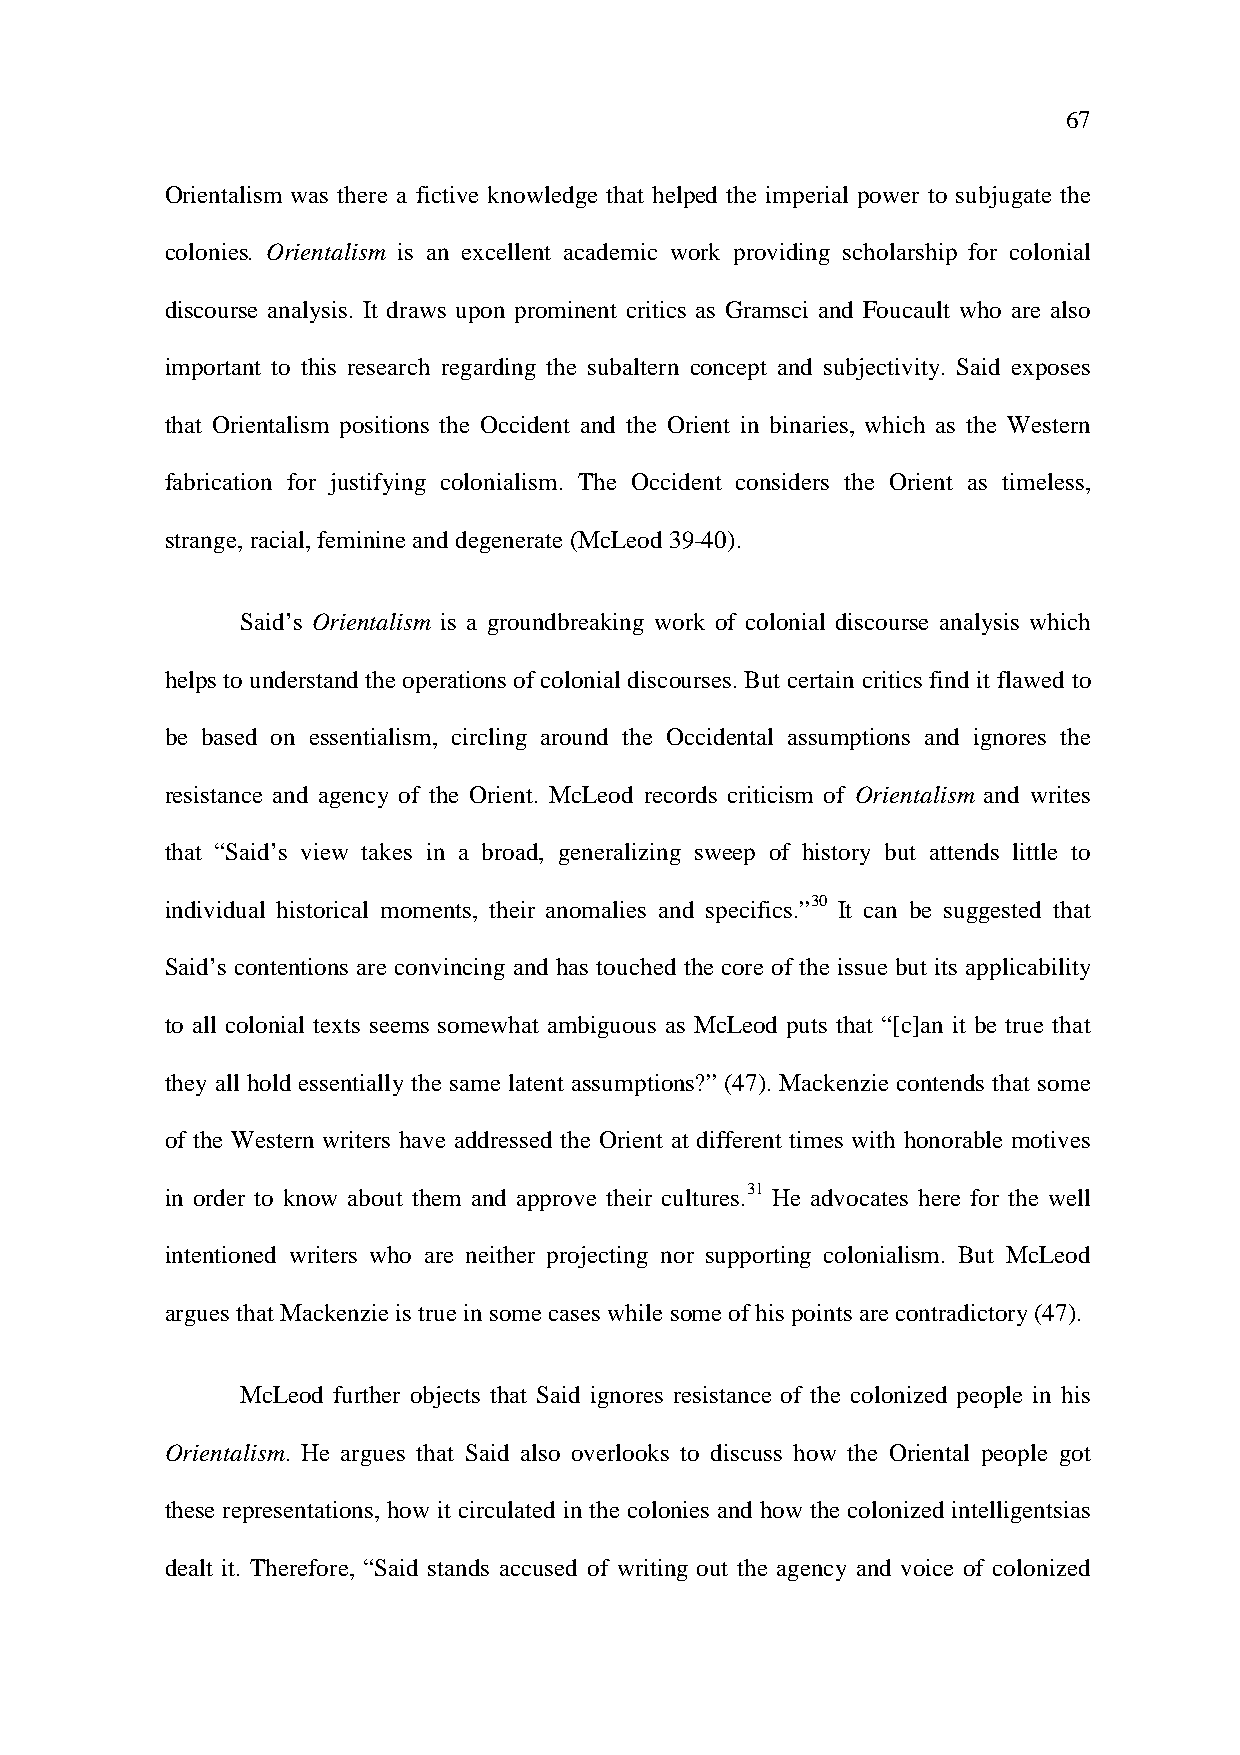
67
 Orientalism was there a fictive knowledge that helped the imperial power to subjugate the
 colonies. Orientalism is an excellent academic work providing scholarship for colonial
 discourse analysis. It draws upon prominent critics as Gramsci and Foucault who are also
 important to this research regarding the subaltern concept and subjectivity. Said exposes
 that Orientalism positions the Occident and the Orient in binaries, which as the Western
 fabrication for justifying colonialism. The Occident considers the Orient as timeless,
 strange, racial, feminine and degenerate (McLeod 39-40).
 Said’s Orientalism is a groundbreaking work of colonial discourse analysis which
 helps to understand the operations of colonial discourses. But certain critics find it flawed to
 be based on essentialism, circling around the Occidental assumptions and ignores the
 resistance and agency of the Orient. McLeod records criticism of Orientalism and writes
 that “Said’s view takes in a broad, generalizing sweep of history but attends little to
 individual historical moments, their anomalies and specifics.”30 It can be suggested that
 Said’s contentions are convincing and has touched the core of the issue but its applicability
 to all colonial texts seems somewhat ambiguous as McLeod puts that “[c]an it be true that
 they all hold essentially the same latent assumptions?” (47). Mackenzie contends that some
 of the Western writers have addressed the Orient at different times with honorable motives
 in order to know about them and approve their cultures.31 He advocates here for the well
 intentioned writers who are neither projecting nor supporting colonialism. But McLeod
 argues that Mackenzie is true in some cases while some of his points are contradictory (47).
 McLeod further objects that Said ignores resistance of the colonized people in his
 Orientalism. He argues that Said also overlooks to discuss how the Oriental people got
 these representations, how it circulated in the colonies and how the colonized intelligentsias
 dealt it. Therefore, “Said stands accused of writing out the agency and voice of colonized